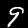
Digit: 9